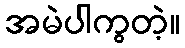
အမဲပါကွတဲ့။